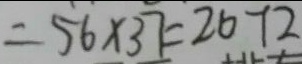
= 5 6 \times 3 7 = 2 6 7 2